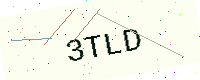
Text: 3TLD